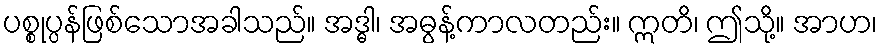
ပစ္စုပ္ပန်ဖြစ်သောအခါသည်။ အဒ္ဓါ၊ အဓွန့်ကာလတည်း။ ဣတိ၊ ဤသို့။ အာဟ၊